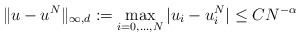
\begin{align*}\|u-u^N\|_{\infty,d} := \max_{i=0,\dots,N} |u_i-u_i^N| \le C N^{-\alpha}\end{align*}